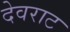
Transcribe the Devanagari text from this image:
देवराट